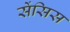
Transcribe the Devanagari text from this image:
सेंसिस